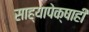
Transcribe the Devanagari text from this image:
साह्यापेक्षाही